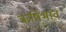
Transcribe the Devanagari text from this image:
ऋषिभाव